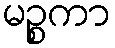
မဉ္စကာ